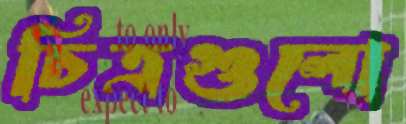
চিত্রগুলো